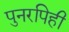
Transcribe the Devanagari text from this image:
पुनरपिही